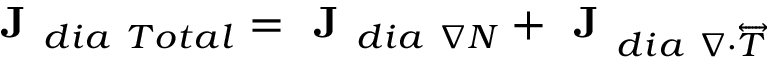
\textbf { J } _ { d i a \ T o t a l } = \textbf { J } _ { d i a \ \nabla N } + \textbf { J } _ { d i a \ \nabla \cdot \overleftrightarrow { T } }